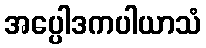
အပ္ပေါဒကပါယာသံ